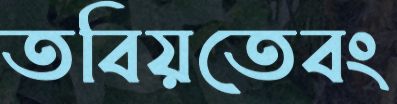
তবিয়তেবং